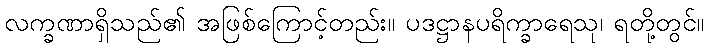
လက္ခဏာရှိသည်၏ အဖြစ်ကြောင့်တည်း။ ပဒဋ္ဌာနပရိက္ခာရေသု၊ ရတို့တွင်။